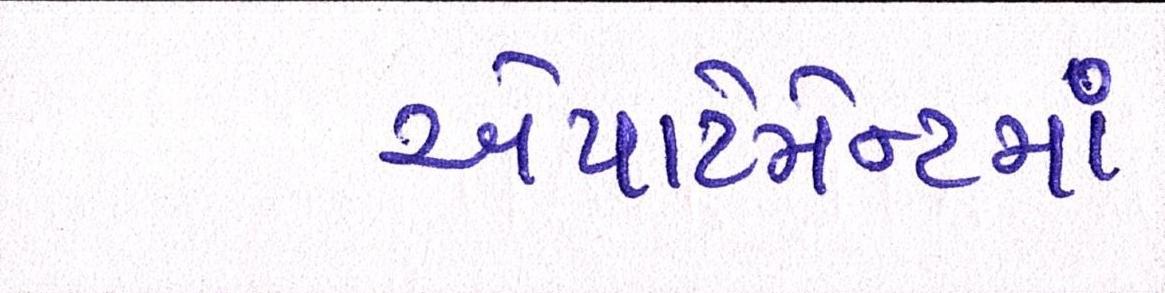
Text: એપાર્ટમેન્ટમાં